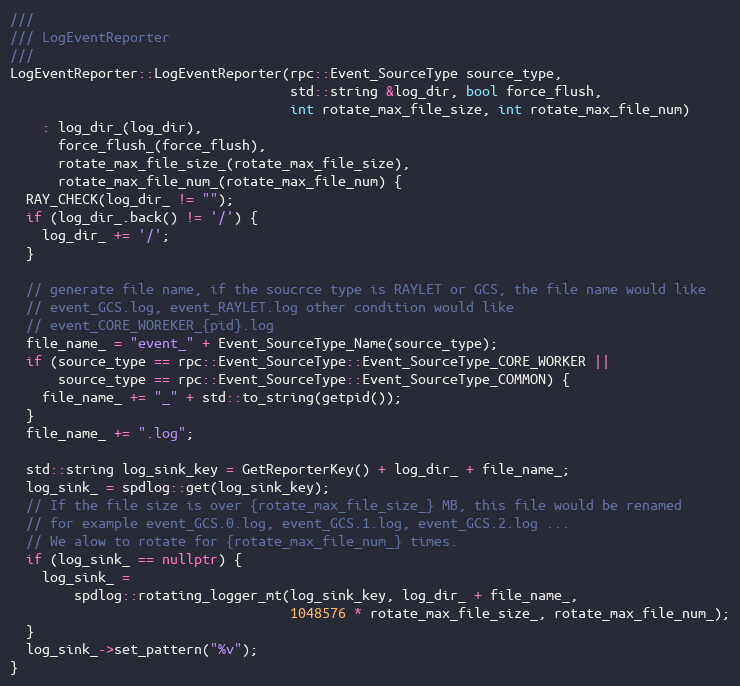
Language: C++
///
/// LogEventReporter
///
LogEventReporter::LogEventReporter(rpc::Event_SourceType source_type,
                                   std::string &log_dir, bool force_flush,
                                   int rotate_max_file_size, int rotate_max_file_num)
    : log_dir_(log_dir),
      force_flush_(force_flush),
      rotate_max_file_size_(rotate_max_file_size),
      rotate_max_file_num_(rotate_max_file_num) {
  RAY_CHECK(log_dir_ != "");
  if (log_dir_.back() != '/') {
    log_dir_ += '/';
  }

  // generate file name, if the soucrce type is RAYLET or GCS, the file name would like
  // event_GCS.log, event_RAYLET.log other condition would like
  // event_CORE_WOREKER_{pid}.log
  file_name_ = "event_" + Event_SourceType_Name(source_type);
  if (source_type == rpc::Event_SourceType::Event_SourceType_CORE_WORKER ||
      source_type == rpc::Event_SourceType::Event_SourceType_COMMON) {
    file_name_ += "_" + std::to_string(getpid());
  }
  file_name_ += ".log";

  std::string log_sink_key = GetReporterKey() + log_dir_ + file_name_;
  log_sink_ = spdlog::get(log_sink_key);
  // If the file size is over {rotate_max_file_size_} MB, this file would be renamed
  // for example event_GCS.0.log, event_GCS.1.log, event_GCS.2.log ...
  // We alow to rotate for {rotate_max_file_num_} times.
  if (log_sink_ == nullptr) {
    log_sink_ =
        spdlog::rotating_logger_mt(log_sink_key, log_dir_ + file_name_,
                                   1048576 * rotate_max_file_size_, rotate_max_file_num_);
  }
  log_sink_->set_pattern("%v");
}